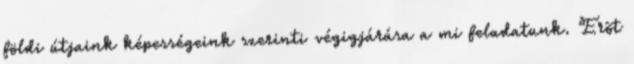
földi útjaink képességeink szerinti végigjárása a mi feladatunk. Erõt